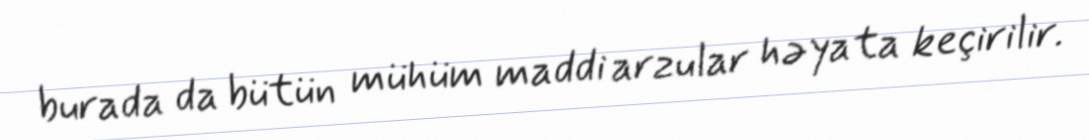
burada da bütün mühüm maddi arzular həyata keçirilir.